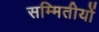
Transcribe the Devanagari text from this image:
सम्मितीयों